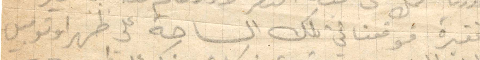
الغفيرة فوقفنا في تلك الساحة على ظهر اوتوبس